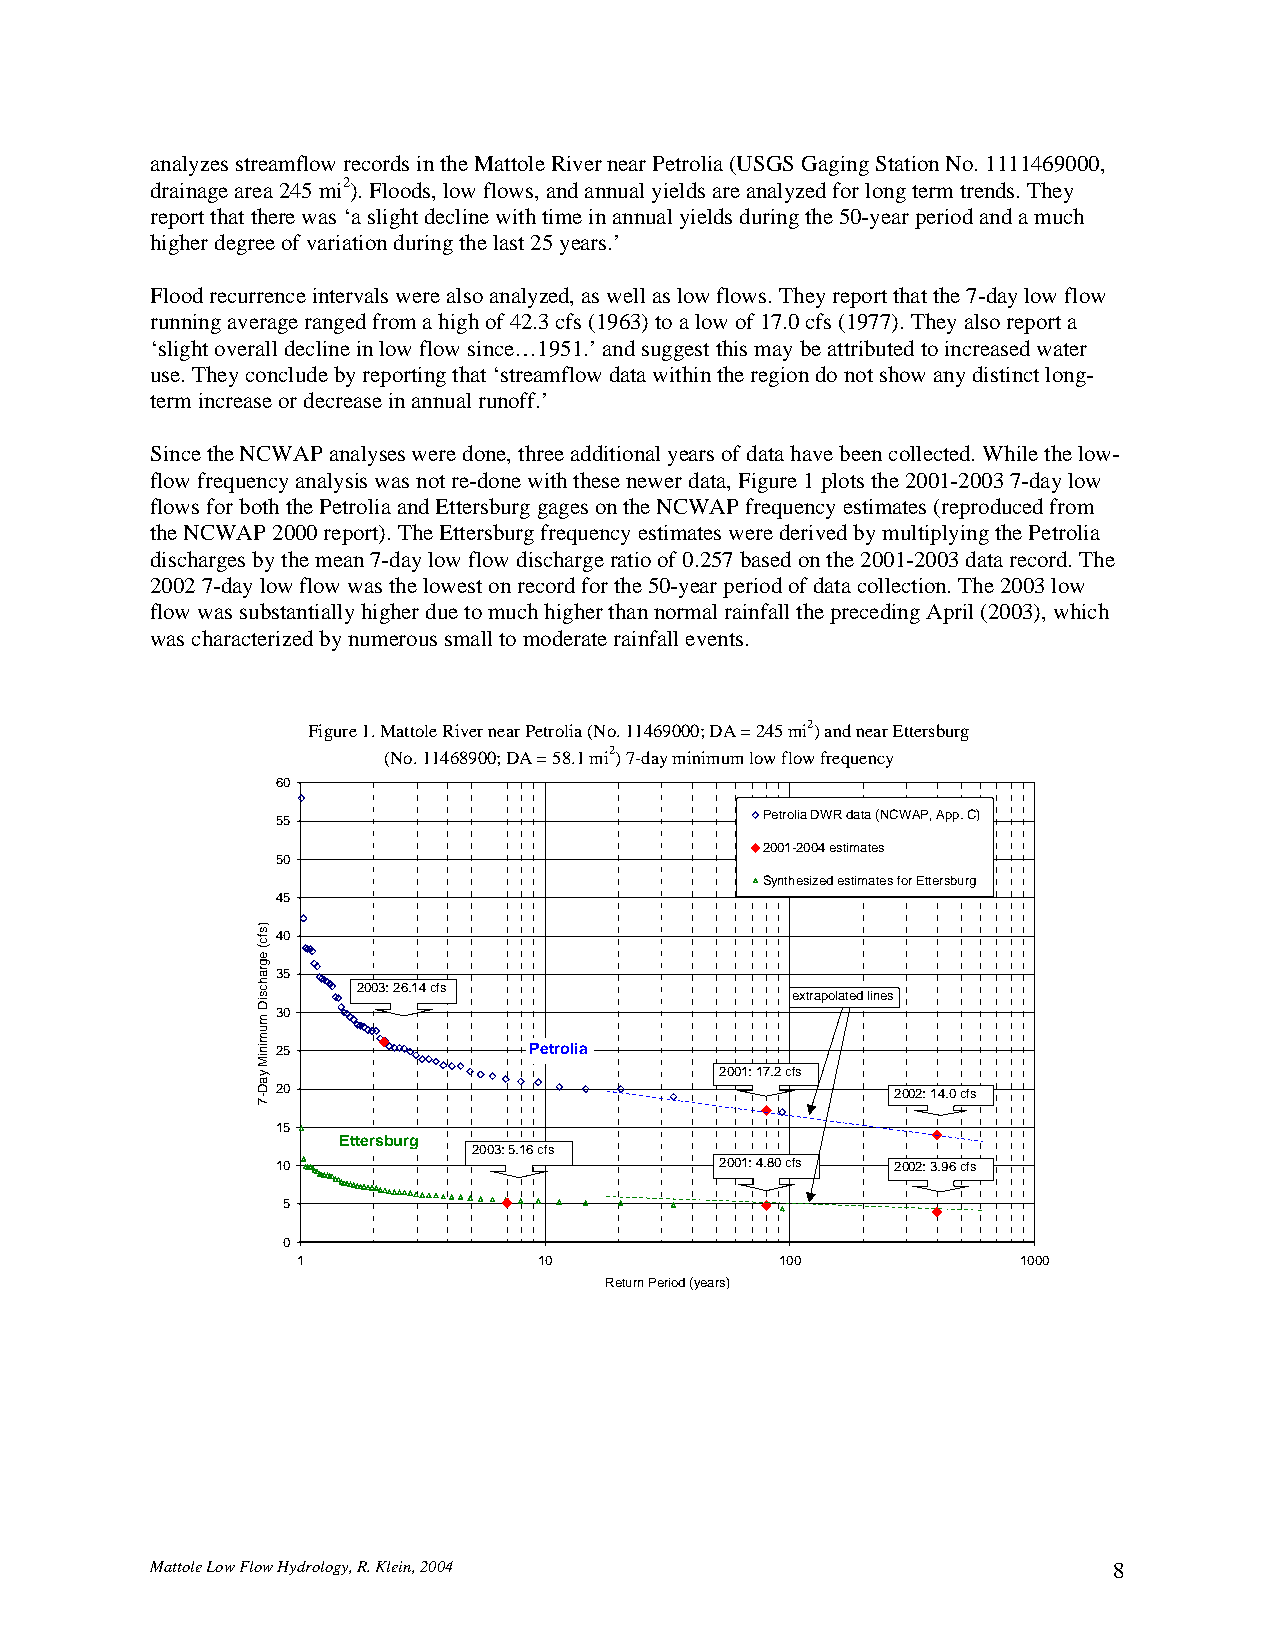
analyzes streamflow records in the Mattole River near Petrolia (USGS Gaging Station No. 1111469000,
 drainage area 245 mi2). Floods, low flows, and annual yields are analyzed for long term trends. They
 report that there was ‘a slight decline with time in annual yields during the 50-year period and a much
 higher degree of variation during the last 25 years.’
 Flood recurrence intervals were also analyzed, as well as low flows. They report that the 7-day low flow
 running average ranged from a high of 42.3 cfs (1963) to a low of 17.0 cfs (1977). They also report a
 ‘slight overall decline in low flow since…1951.’ and suggest this may be attributed to increased water
 use. They conclude by reporting that ‘streamflow data within the region do not show any distinct long-
 term increase or decrease in annual runoff.’
 Since the NCWAP analyses were done, three additional years of data have been collected. While the low-
 flow frequency analysis was not re-done with these newer data, Figure 1 plots the 2001-2003 7-day low
 flows for both the Petrolia and Ettersburg gages on the NCWAP frequency estimates (reproduced from
 the NCWAP 2000 report). The Ettersburg frequency estimates were derived by multiplying the Petrolia
 discharges by the mean 7-day low flow discharge ratio of 0.257 based on the 2001-2003 data record. The
 2002 7-day low flow was the lowest on record for the 50-year period of data collection. The 2003 low
 flow was substantially higher due to much higher than normal rainfall the preceding April (2003), which
 was characterized by numerous small to moderate rainfall events.
 Figure 1. Mattole River near Petrolia (No. 11469000; DA = 245 mi2) and near Ettersburg
 (No. 11468900; DA = 58.1 mi2) 7-day minimum low flow frequency
 60
 55                              Petrolia DWR data (NCWAP, App. C)
 2001-2004 estimates
 50
 Synthesized estimates for Ettersburg
 45
 40
 35
 2003: 26.14 cfs
 extrapolated lines
 30
 25               Petrolia
 2001: 17.2 cfs
 20                                       2002: 14.0 cfs
 15
 Ettersburg
 2003: 5.16 cfs
 10                            2001: 4.80 cfs 2002: 3.96 cfs
 5
 0
 1               10              100             1000
 Return Period (years)
 Mattole Low Flow Hydrology, R. Klein, 2004                      8
 )sfc(
 egrahcsiD
 muminiM
 yaD-7